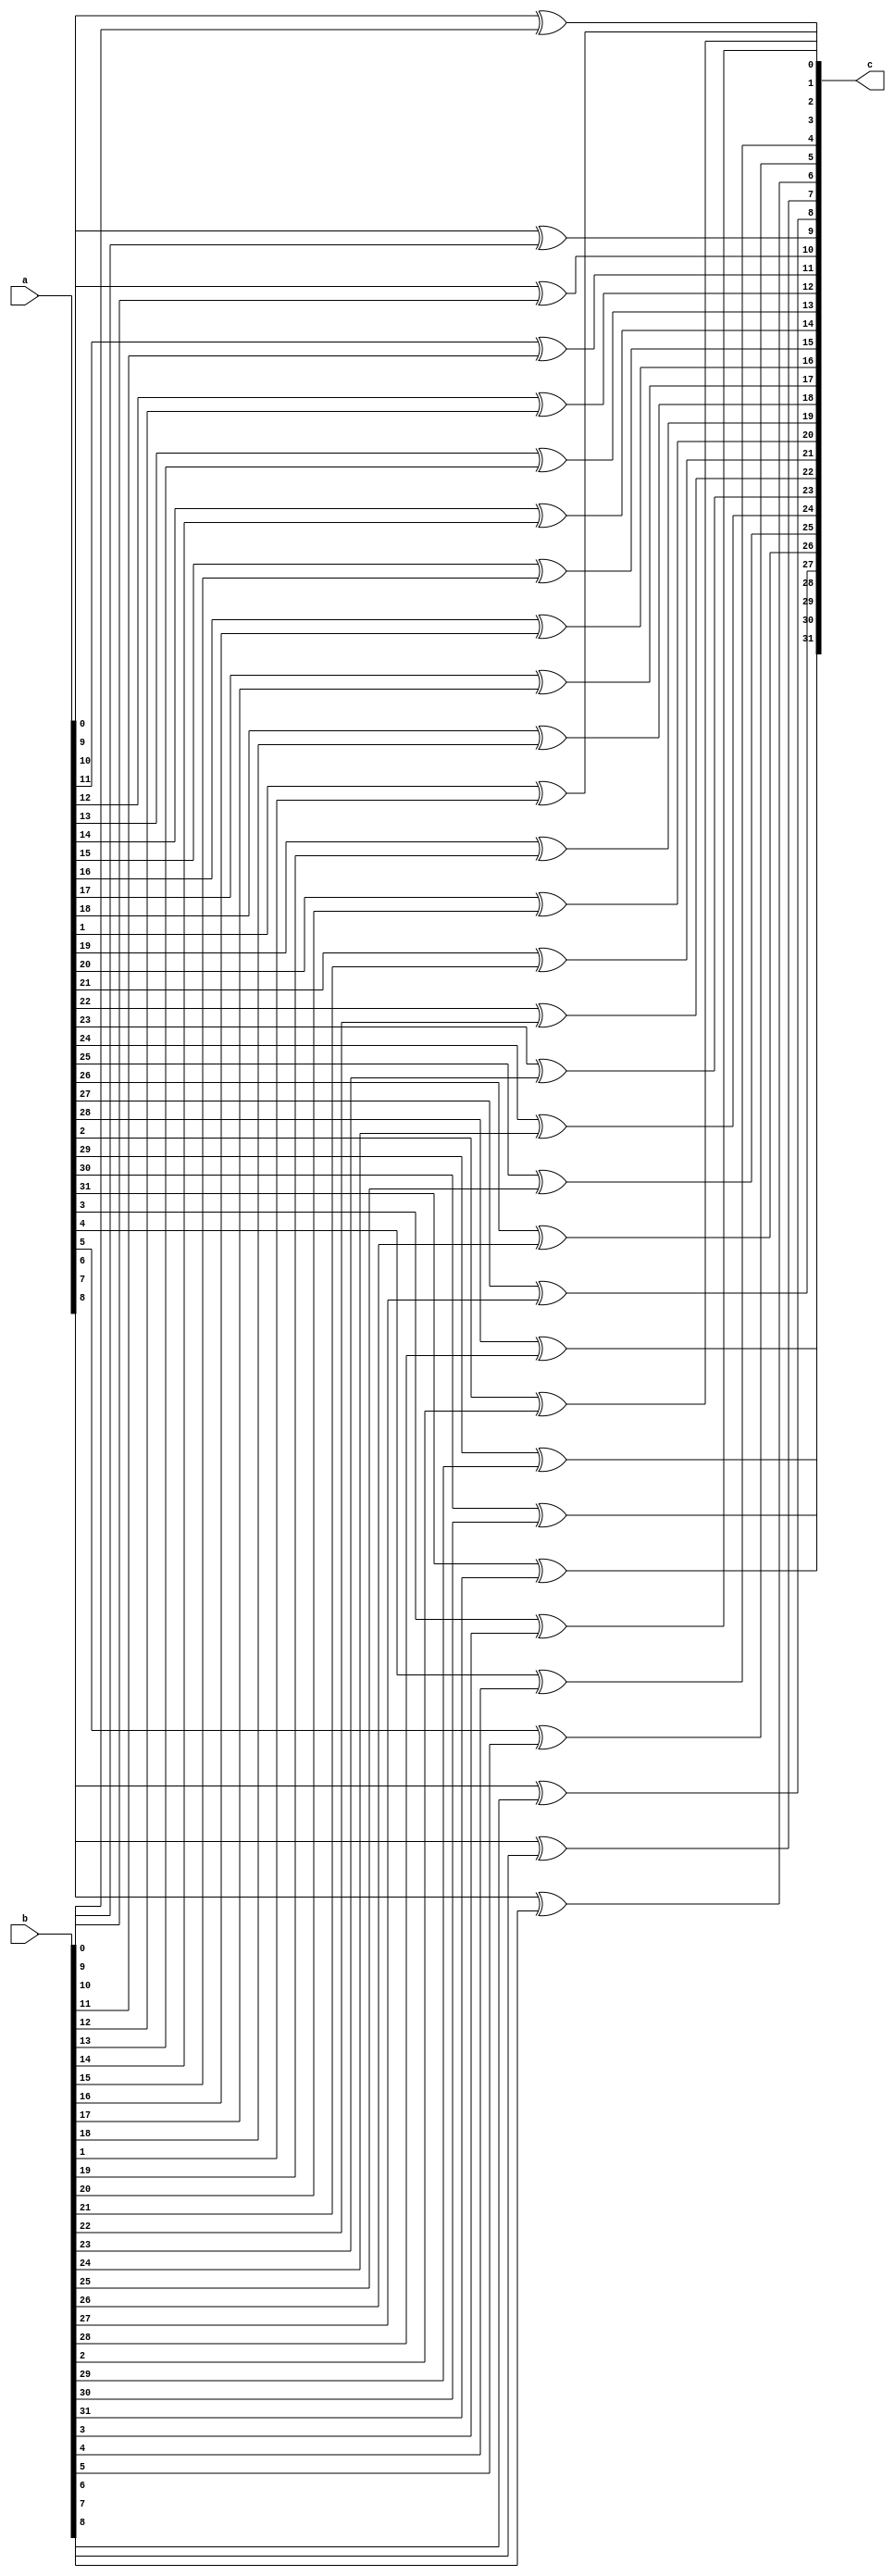
`timescale 1ns / 1ps
//////////////////////////////////////////////////////////////////////////////////
// Company: 
// Engineer: 
// 
// Design Name: 
// Module Name: OR_BIT
// Project Name: 
// Target Devices: 
// Tool Versions: 
// Description: 
// 
// Dependencies: 
// 
// Revision:
// Revision 0.01 - File Created
// Additional Comments:
// 
/////////////////////////////////////////////////////////////////////////////////
module XOR(
   input [31:0]a,
    input [31:0]b,
    output [31:0]c
    );
    genvar i;
    generate for(i=0;i<32;i=i+1) begin
        xor a1 (c[i],a[i],b[i]);
    end
    endgenerate
endmodule